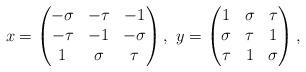
LaTeX: \begin{align*}x=\begin{pmatrix} -\sigma & -\tau & -1\\-\tau & -1 &-\sigma\\ 1 & \sigma& \tau \end{pmatrix}, \ y=\begin{pmatrix} 1 &\sigma&\tau \\ \sigma& \tau & 1\\ \tau & 1 & \sigma \end{pmatrix},\end{align*}